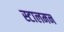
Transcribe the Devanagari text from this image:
स्टालमन